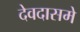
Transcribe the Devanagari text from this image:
देवदासमे